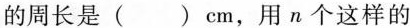
的周长是( )cm，用n个这样的